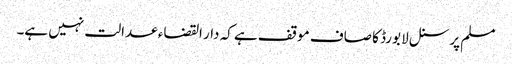
مسلم پرسنل لا بورڈ کا صاف موقف ہے کہ دار القضاء عدالت نہیں ہے۔